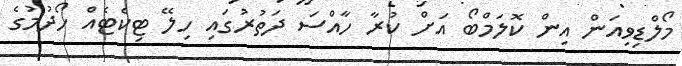
މޯލްޑިވިއަން އިން ކޮލަމްބޯ އަށް ކުރާ ހާއްސަ ދަތުރުގައި ހިލޭ ޓިކެޓެއް ހޯދުމުގެ